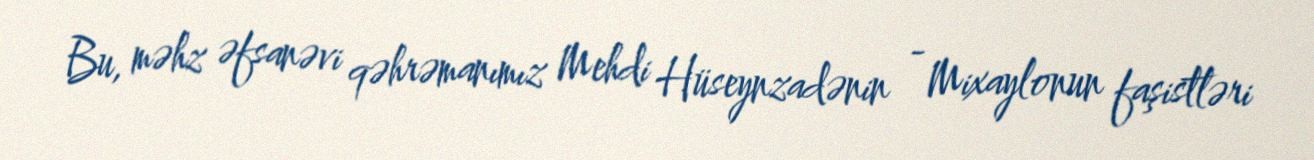
Bu, məhz əfsanəvi qəhrəmanımız Mehdi Hüseynzadənin - Mixaylonun faşistləri